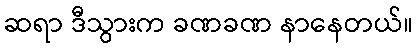
ဆရာ ဒီသွားက ခဏခဏ နာနေတယ်။